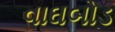
વાઘબોડ